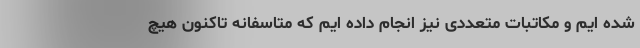
شده ایم و مکاتبات متعددی نیز انجام داده ایم که متاسفانه تاکنون هیچ